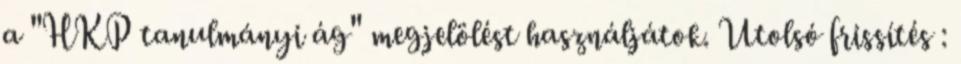
a "HKP tanulmányi ág" megjelölést használjátok. Utolsó frissítés :